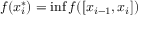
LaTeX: f ( x _ { i } ^ { * } ) = \operatorname* { i n f } f ( [ x _ { i - 1 } , x _ { i } ] )